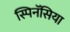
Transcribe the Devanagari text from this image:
स्पिनॅसिया